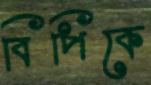
বিপিকে